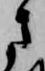
さ